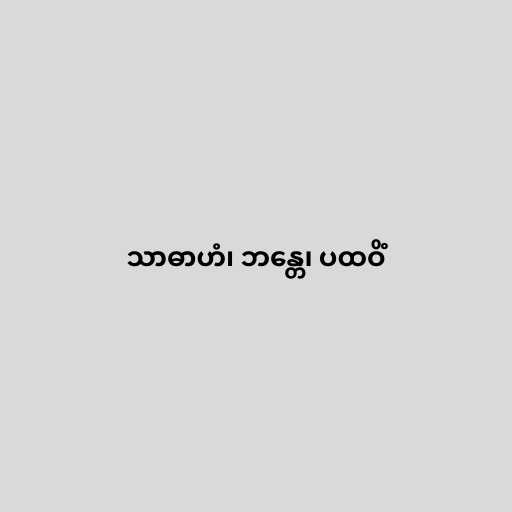
သာဓာဟံ၊ ဘန္တေ၊ ပထဝိံ